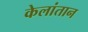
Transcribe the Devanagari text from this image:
केलांतान